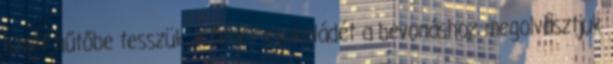
ismét hűtőbe tesszük. A fehér csokoládét a bevonáshoz megolvasztjuk